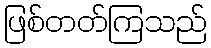
ဖြစ်တတ်ကြသည်